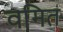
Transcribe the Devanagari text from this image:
वमित